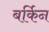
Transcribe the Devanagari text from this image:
बर्किन